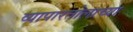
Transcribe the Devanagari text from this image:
व्यापारतोलाच्या